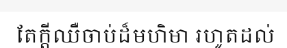
តែក្តីឈឺចាប់ដ៏មហិមា រហូតដល់